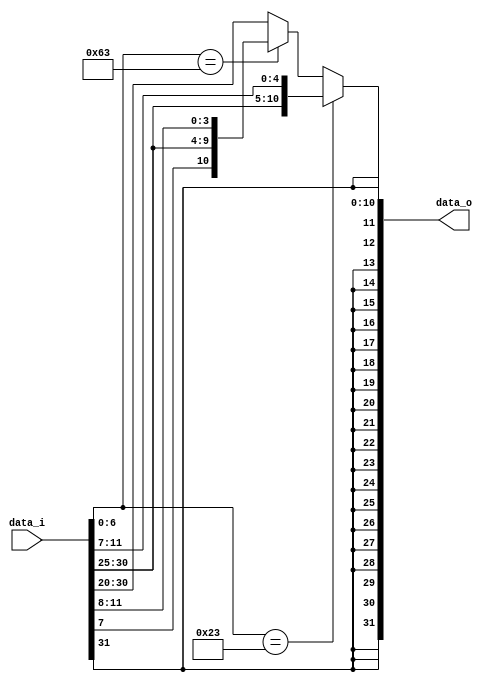
module Sign_Extend
(
    data_i,
    data_o
);

// Ports

input   [31:0]  data_i;
output  reg signed [31:0]  data_o;


wire    [19:0]  head;   
// Sign Extender


always@(data_i)begin

    if (data_i[6:0] == 7'b0100011) begin
        data_o = {{20{data_i[31]}}, {data_i[31:25], data_i[11:7]}};
    end
    else if (data_i[6:0] == 7'b1100011) begin
        data_o = {{20{data_i[31]}}, {data_i[31], {data_i[7], {data_i[30:25], data_i[11:8]}}}};
    end
    else begin
        data_o = {{20{data_i[31]}}, data_i[31:20]};
    end
end


endmodule